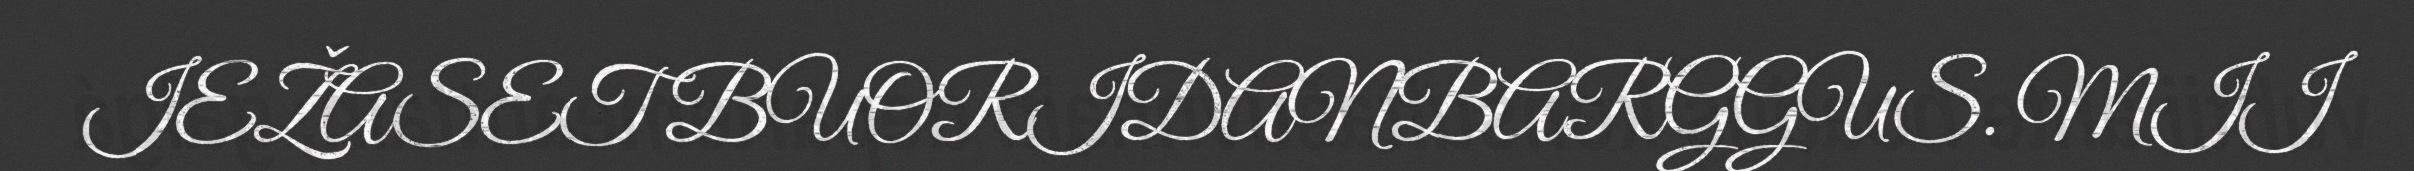
IEŽASET BUORIDANBARGGUS. MII